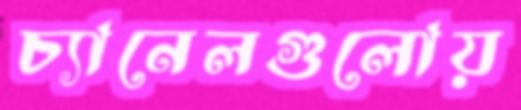
চ্যানেলগুলোয়